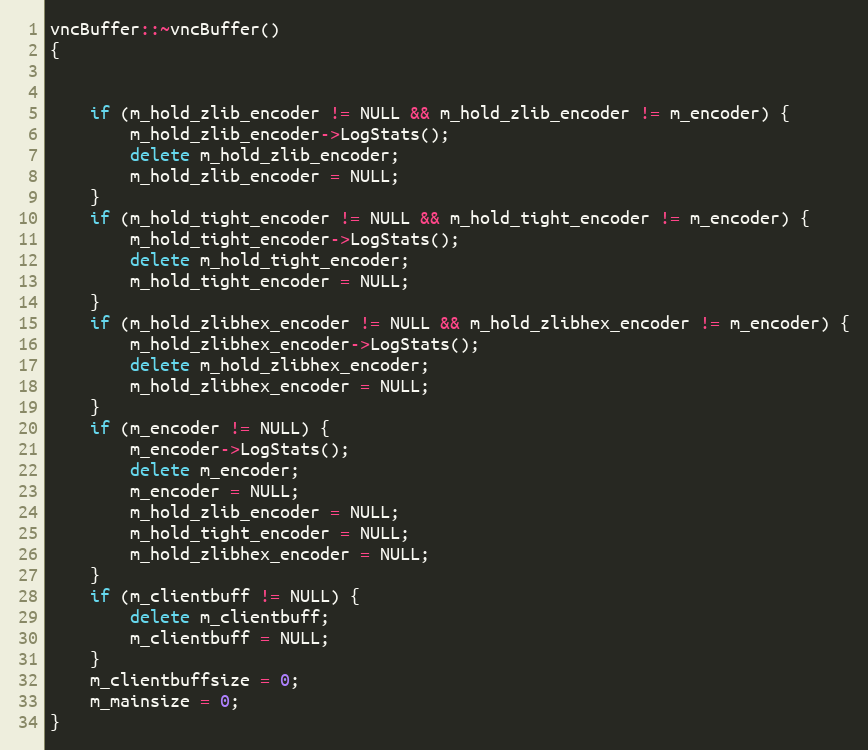
Language: C++
vncBuffer::~vncBuffer()
{

	if (m_hold_zlib_encoder != NULL && m_hold_zlib_encoder != m_encoder) {
		m_hold_zlib_encoder->LogStats();
		delete m_hold_zlib_encoder;
		m_hold_zlib_encoder = NULL;
	}
	if (m_hold_tight_encoder != NULL && m_hold_tight_encoder != m_encoder) {
		m_hold_tight_encoder->LogStats();
		delete m_hold_tight_encoder;
		m_hold_tight_encoder = NULL;
	}
	if (m_hold_zlibhex_encoder != NULL && m_hold_zlibhex_encoder != m_encoder) {
		m_hold_zlibhex_encoder->LogStats();
		delete m_hold_zlibhex_encoder;
		m_hold_zlibhex_encoder = NULL;
	}
	if (m_encoder != NULL) {
		m_encoder->LogStats();
		delete m_encoder;
		m_encoder = NULL;
		m_hold_zlib_encoder = NULL;
		m_hold_tight_encoder = NULL;
		m_hold_zlibhex_encoder = NULL;
	}
	if (m_clientbuff != NULL) {
		delete m_clientbuff;
		m_clientbuff = NULL;
	}
	m_clientbuffsize = 0;
	m_mainsize = 0;
}